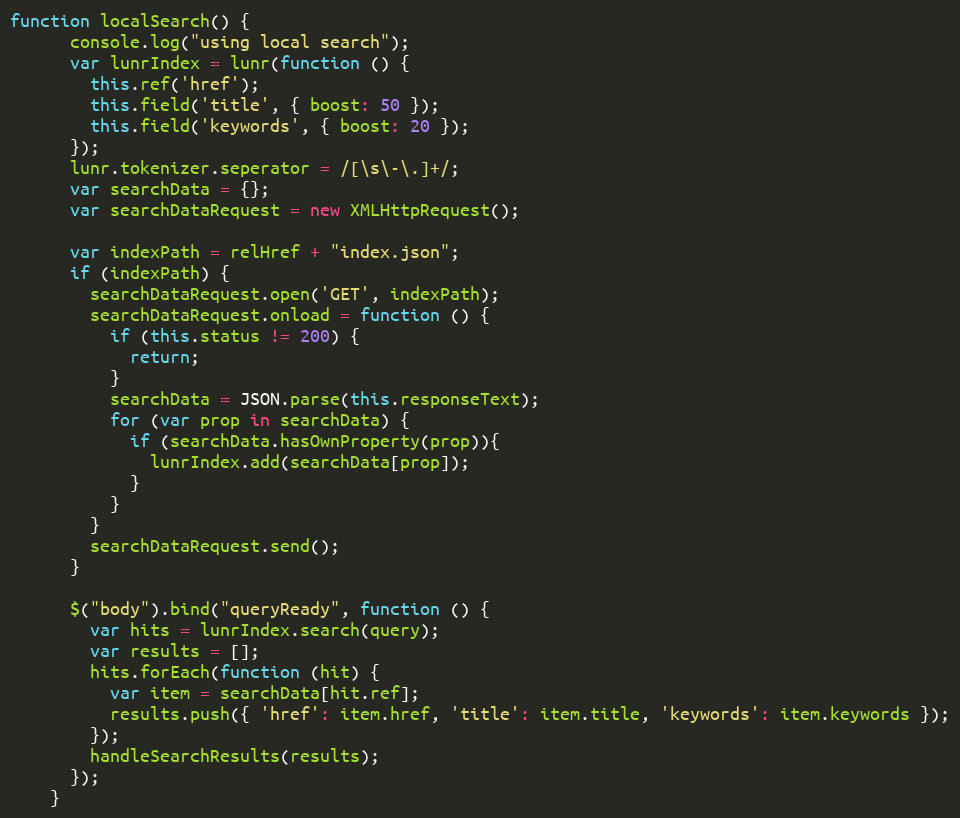
Language: JavaScript
function localSearch() {
      console.log("using local search");
      var lunrIndex = lunr(function () {
        this.ref('href');
        this.field('title', { boost: 50 });
        this.field('keywords', { boost: 20 });
      });
      lunr.tokenizer.seperator = /[\s\-\.]+/;
      var searchData = {};
      var searchDataRequest = new XMLHttpRequest();

      var indexPath = relHref + "index.json";
      if (indexPath) {
        searchDataRequest.open('GET', indexPath);
        searchDataRequest.onload = function () {
          if (this.status != 200) {
            return;
          }
          searchData = JSON.parse(this.responseText);
          for (var prop in searchData) {
            if (searchData.hasOwnProperty(prop)){
              lunrIndex.add(searchData[prop]);
            }
          }
        }
        searchDataRequest.send();
      }

      $("body").bind("queryReady", function () {
        var hits = lunrIndex.search(query);
        var results = [];
        hits.forEach(function (hit) {
          var item = searchData[hit.ref];
          results.push({ 'href': item.href, 'title': item.title, 'keywords': item.keywords });
        });
        handleSearchResults(results);
      });
    }